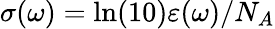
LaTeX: \sigma(\omega)=\ln(10)\varepsilon(\omega)/N_{A}